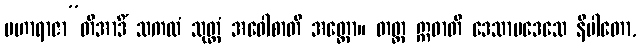
မဟာရာဇာ”တိအာဒိံ သကလံ သုတ္တံ အဝေါစာတိ အတ္ထော။ တတ္ထ ဣဓာတိ ဒေသာပဒေသေ နိပါတော,